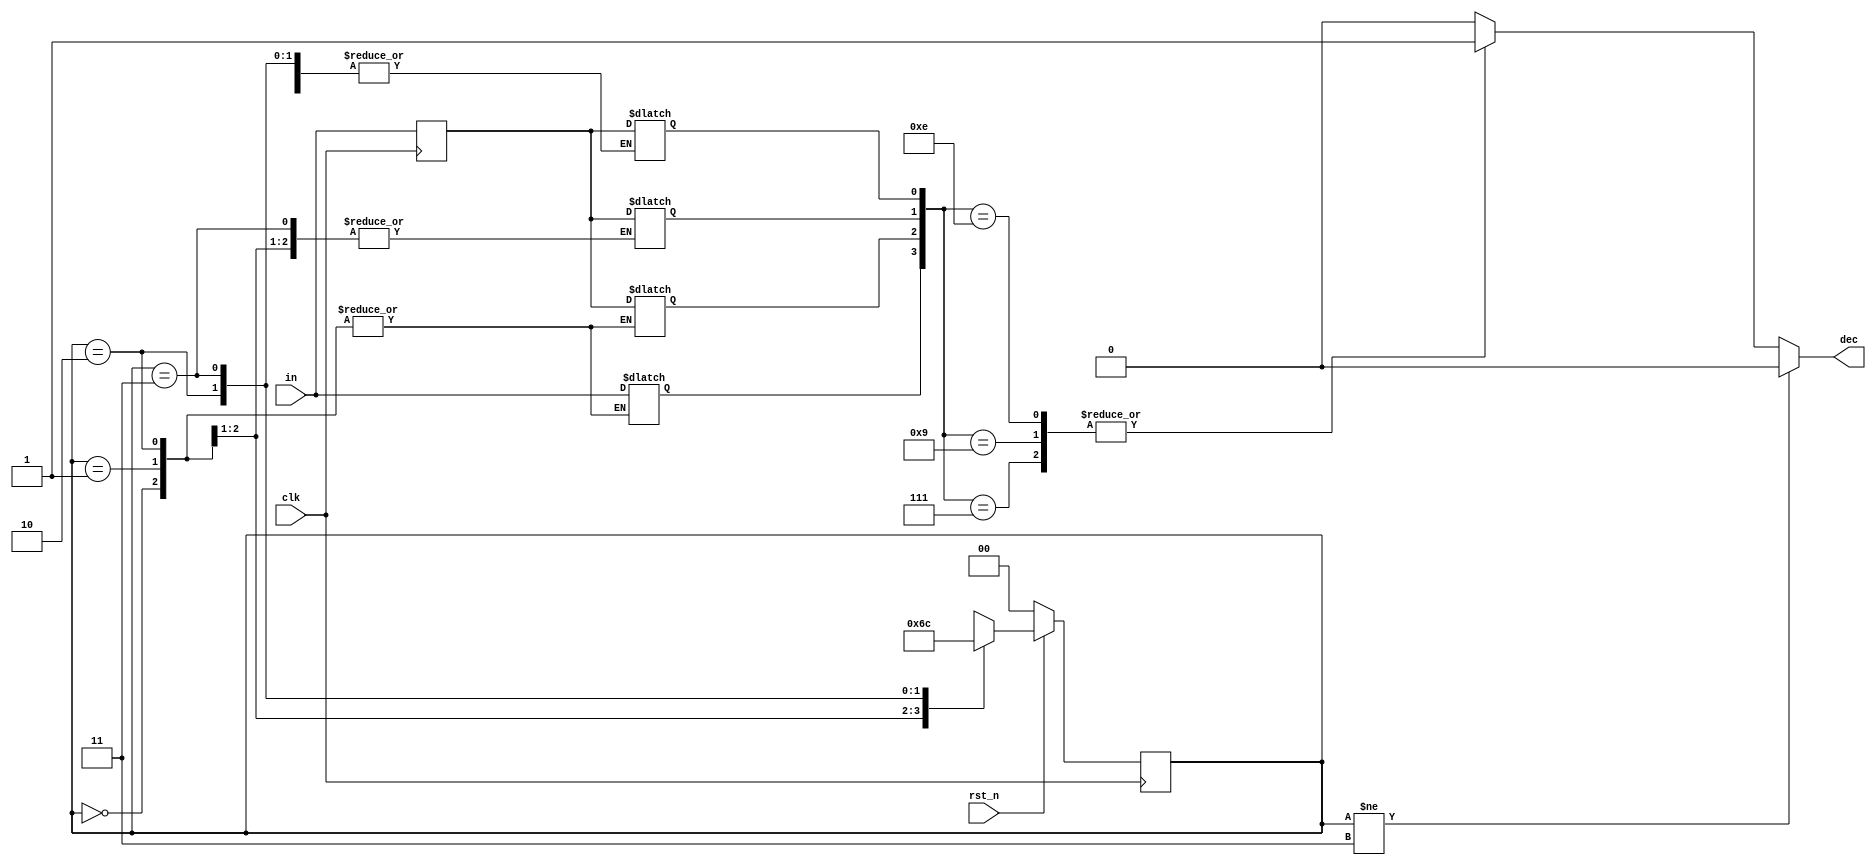
`timescale 1ns/1ps

module Mealy_Sequence_Detector (clk, rst_n, in, dec);
input clk, rst_n;
input in;
output dec;

reg[1:0] state;
reg[1:0] next_state;
reg cur_in;
reg dec;
parameter S0 = 2'b00;
parameter S1 = 2'b01;
parameter S2 = 2'b10;
parameter S3 = 2'b11;
reg[3:0] memory;

always@(posedge clk)begin
    if(!rst_n)begin
        state<=S0;
        cur_in<=in;
    end else begin
        state<=next_state;
        cur_in<=in;
    end
    
end

always@*begin
    case(state)
    S0:begin
        next_state=S1;
    end
    S1:begin
        next_state=S2;
        memory[0]=cur_in;
    end
    S2:begin
        next_state=S3;
        memory[1]=cur_in;
    end
    S3:begin
        next_state=S0;
        memory[2]=cur_in;
        memory[3]=in;
    end
    endcase
end

always@*begin
    if(state!=S3) dec=0;
    else begin
        case(memory)
        4'b0111:dec=1;
        4'b1001:dec=1;
        4'b1110:dec=1;
        default:dec=0;
        endcase
    end
end

endmodule